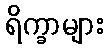
ရိက္ခာများ